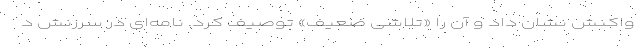
واکنش نشان داد و آن را «تلاشی ضعیف» توصیف کرد. نامه‌ای در سرزنش د